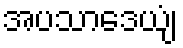
အပသာဒေယျံ